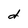
Character: d